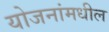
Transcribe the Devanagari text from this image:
योजनांमधील